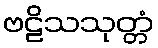
ဗဠိသသုတ္တံ